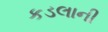
કડલાની